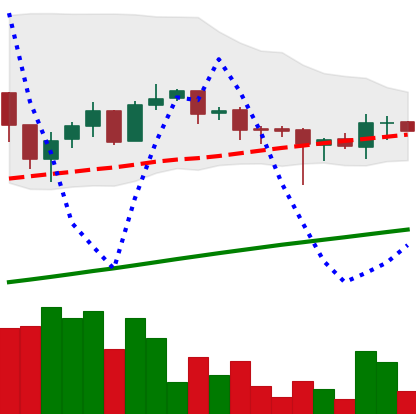
Ticker: LTC-USD
Chart end date: 2017-08-02
Forward return: 8.695%
Label: up_7plus